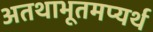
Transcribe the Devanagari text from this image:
अतथाभूतमप्यर्थ